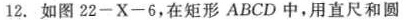
12.如图22-X-6，在矩形ABCD中，用直尺和圆